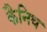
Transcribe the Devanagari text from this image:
कैनिथ